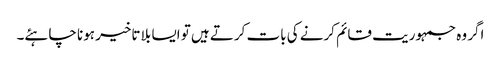
اگر وہ جمہوریت قائم کرنے کی بات کرتے ہیں تو ایسا بلا تاخیر ہونا چاہئے۔